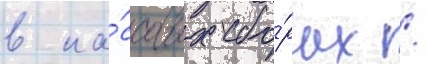
в ка́ссовых сбо́рах /